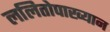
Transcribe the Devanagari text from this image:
ललितोपाख्यान